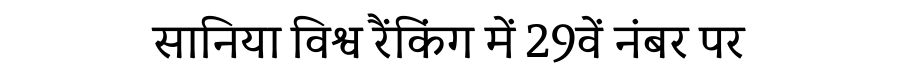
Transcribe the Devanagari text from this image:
सानिया विश्व रैंकिंग में 29वें नंबर पर